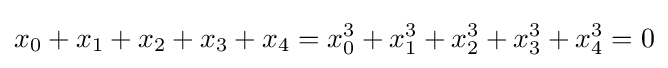
x_{0}+x_{1}+x_{2}+x_{3}+x_{4}=x_{0}^{3}+x_{1}^{3}+x_{2}^{3}+x_{3}^{3}+x_{4}^{3}=0